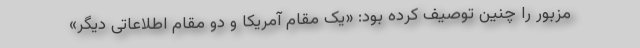
مزبور را چنین توصیف کرده بود: «یک مقام آمریکا و دو مقام اطلاعاتی دیگر»